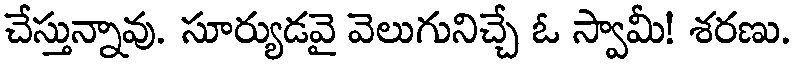
చేస్తున్నావు. సూర్యుడవై వెలుగునిచ్చే ఓ స్వామీ! శరణు.